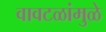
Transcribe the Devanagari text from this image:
वावटळांमुळे